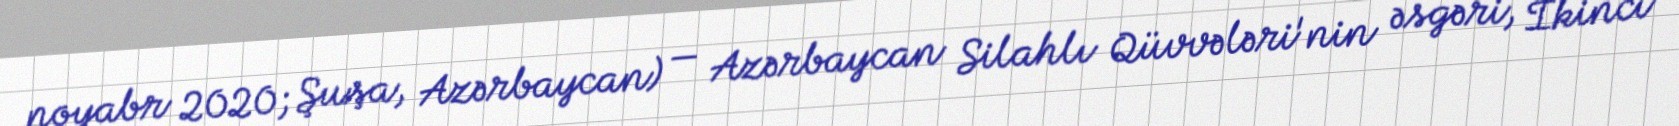
noyabr 2020; Şuşa, Azərbaycan) — Azərbaycan Silahlı Qüvvələri'nin əsgəri, İkinci